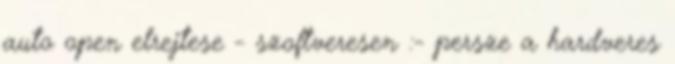
auto open elrejtese - szoftveresen :- persze a hardveres